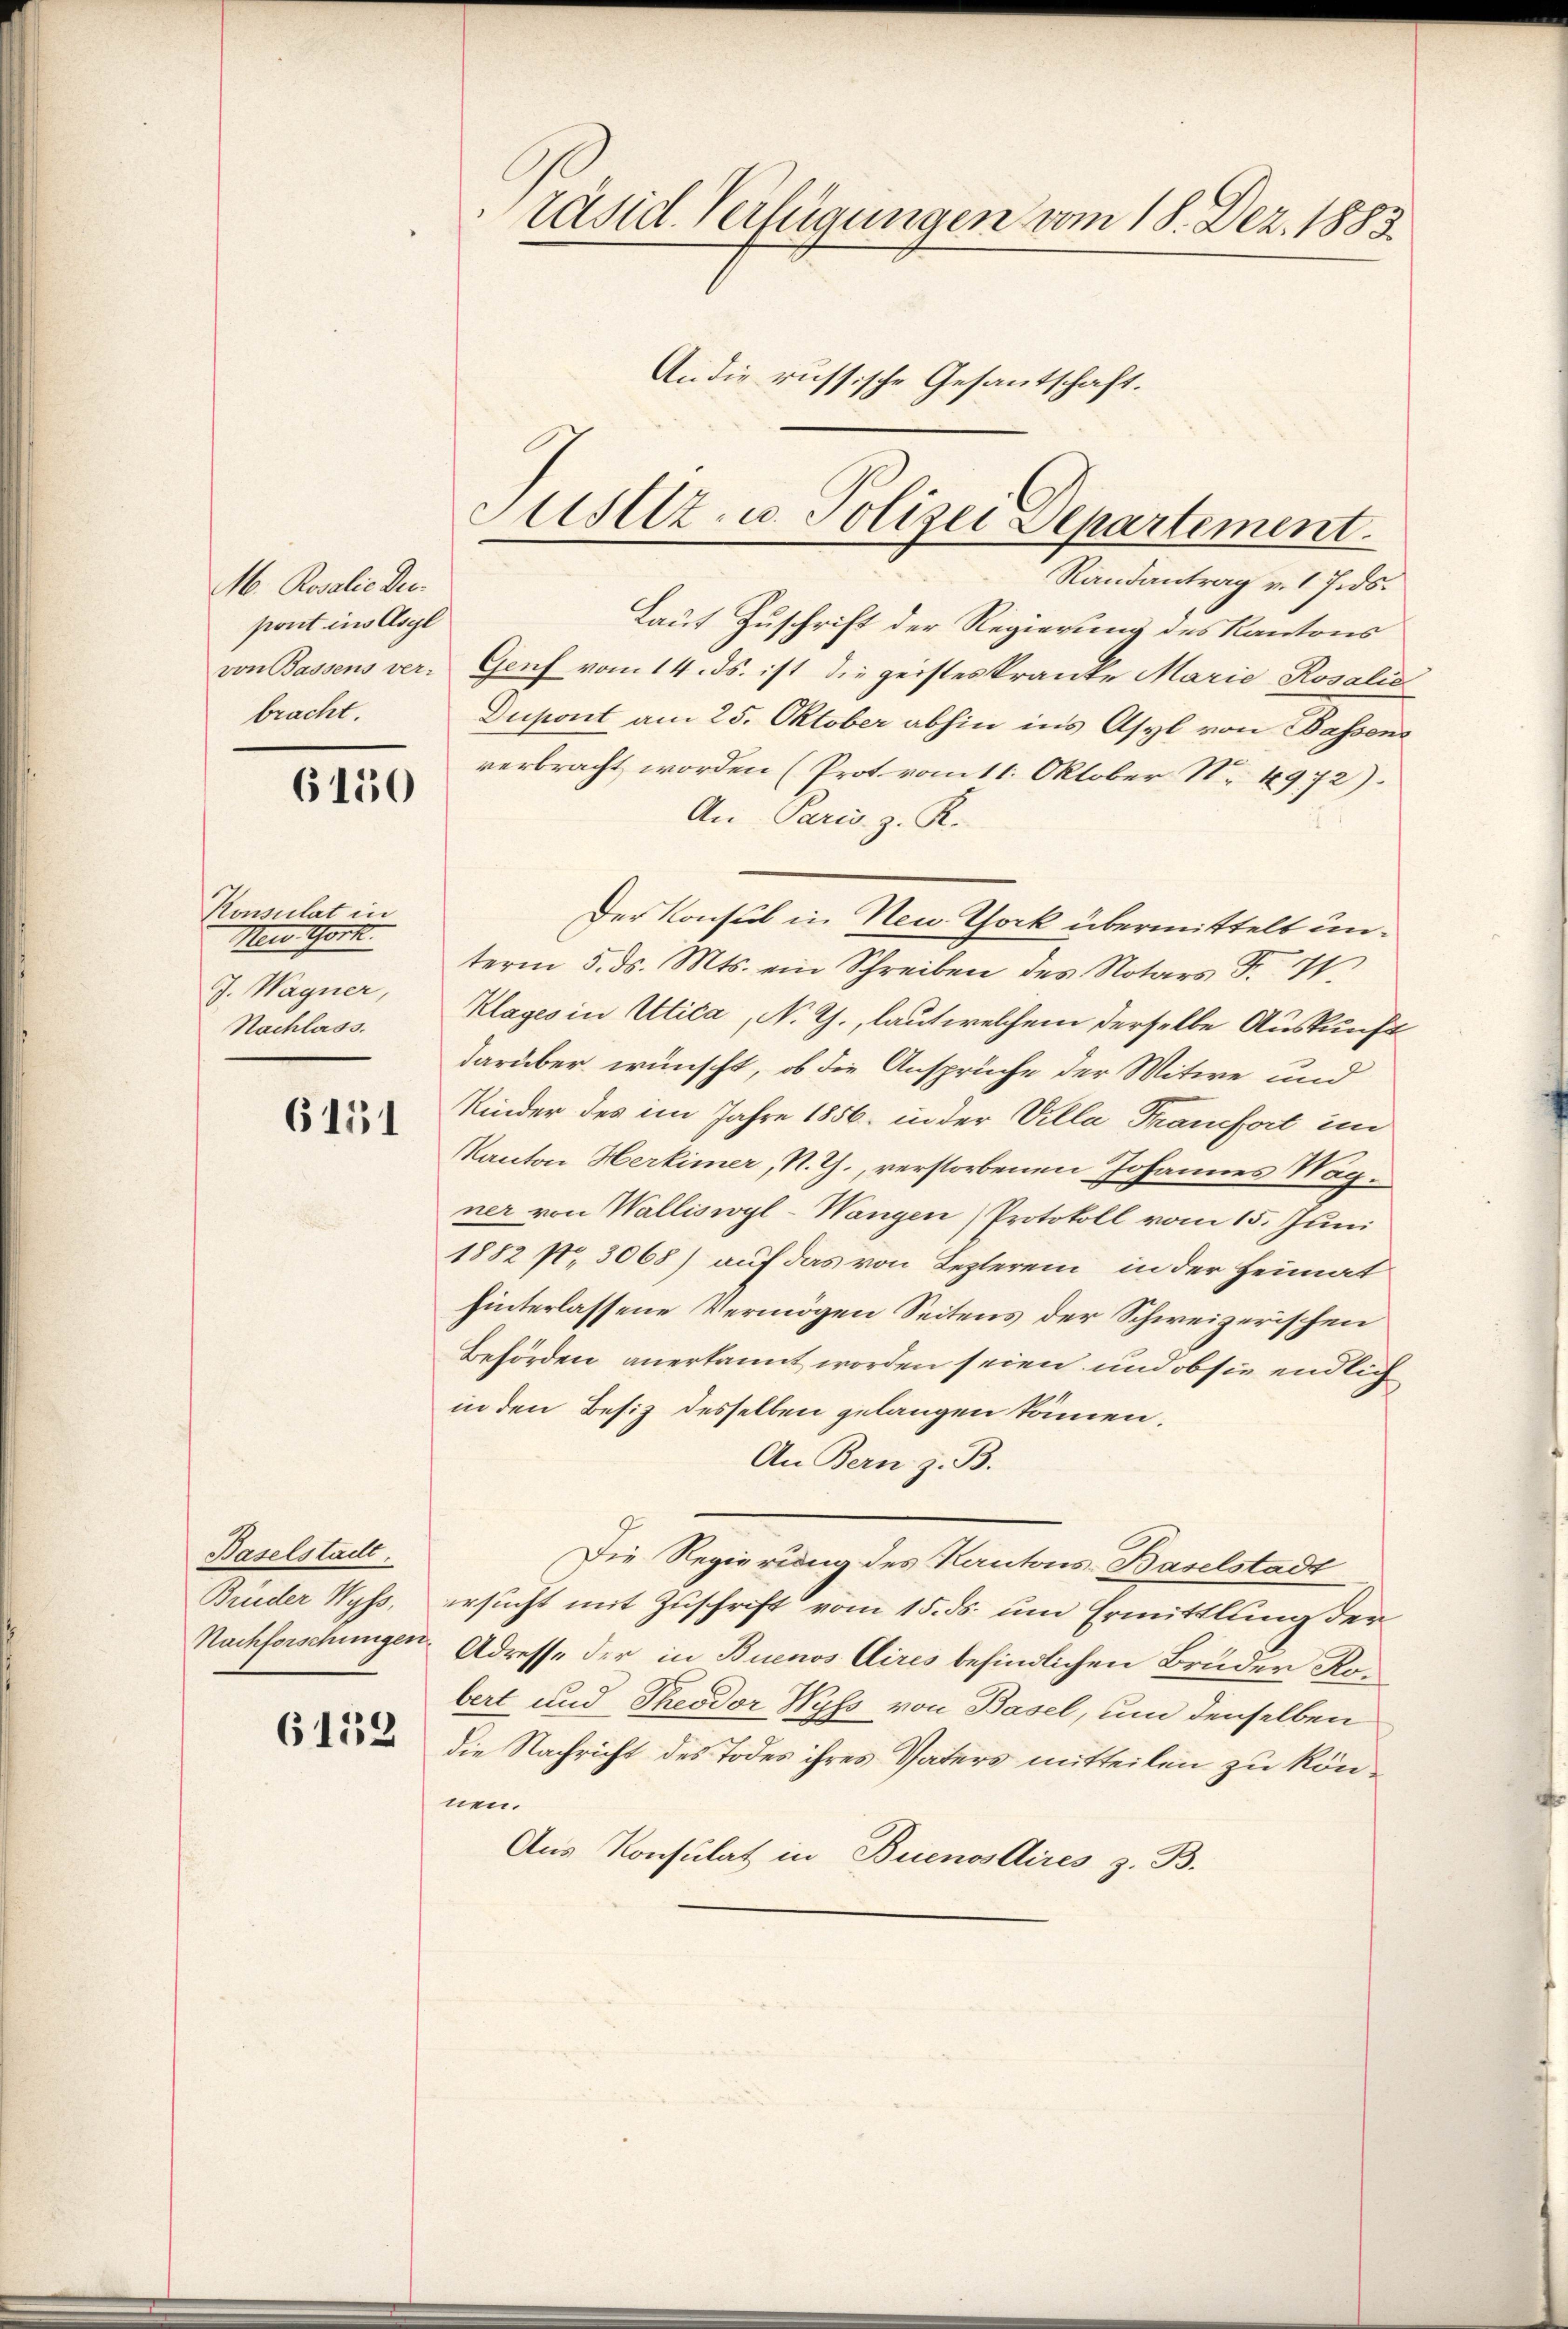
M. Rosalie Dec.
pont ins Asyl
bracht.

6150

Konsulat in
Neu Gork.
J. Wagner,
Nachlass.

6151

Baselstallt.
Brüder Wyss,

6133

räsid. Verfügungen vom 18. Dez. 1883
An die russische Gesantschaft.

Sselz- u. Polizei Separtement.
Randantrag v. 17.ds.

Laut Zuschrift der Regierung des Kantons
von Bassens ver- Genf vom 14. ds. ist die geisteskranke Marie Rosalie
Dupont am 25. Oktober abhin in’s Asyl von Bassens
verbracht worden (Prot vom 11. Oktober N. 4972).
An Paris. z. R.
term 5. ds. Mts. ein Schreiben des Notars F. 71
Klages in Utica, N. G., laut welchem derselbe Auskunft
darüber wünscht, ob die Ansprüche der Witwe und
Kinder des im Jahre 1856. in der Villa Transfort im
Kanton Herkimer, N. Z., verstorbenen Johannes Wagner von Walliswyl-Wangen Protokoll vom 15. Juni
1882 No 3068) auf das von Lezterem, in der Heimat
hinterlassene Vermögen Seitens der Schweizerischen
Behörden anerkannt worden seien und ob sie endlich
in den Besiz desselben gelangen können.
An Bern z. B.
Die Regierung des Kantons-Baselstadt
ersucht mit Zuschrift vom 15. ds. um Ermittlung der
Nachforschungen Adresse der in Buenos Aires befindlichen Bruder Kobert und Theodor Wyss von Basel, um denselben
die Nachricht des Todes ihres Vaters mitteilen zu können.
Aus Konsulat in Buenostires z. B.

Der Konsul in Neu Thock übermittelt un¬